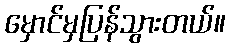
မှောင်မှပြန်သွားတယ်။